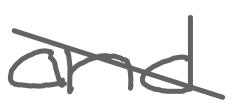
Text: and
Cross-out: diagonal
Writing tool: digital_gray